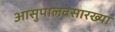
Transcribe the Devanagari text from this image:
आसुपालवसारख्या